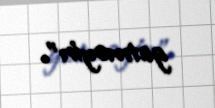
getməyin”.